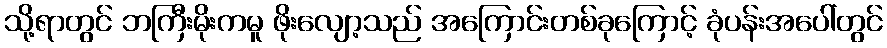
သို့ရာတွင် ဘကြီးမိုးကမူ ဖိုးလျော့သည် အကြောင်းတစ်ခုကြောင့် ခုံပန်းအပေါ်တွင်